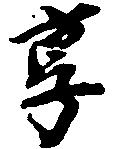
享